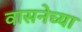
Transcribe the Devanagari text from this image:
वासनेच्या